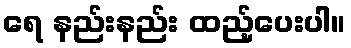
ရေ နည်းနည်း ထည့်ပေးပါ။